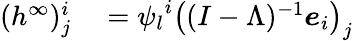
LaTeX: \begin{array}{rl}{({h^{\infty}})_{j}^{i}}&{{}={\psi_{l}}^{i}\big((I-\Lambda)^{-1}\boldsymbol{e}_{i}\big)_{j}}\end{array}